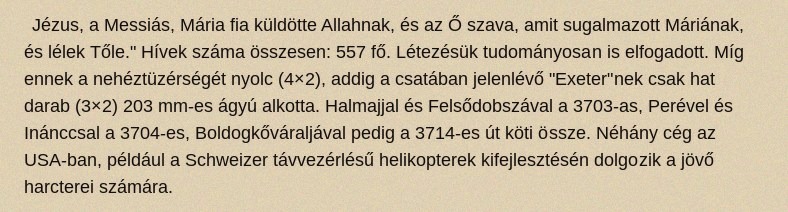
Jézus, a Messiás, Mária fia küldötte Allahnak, és az Ő szava, amit sugalmazott Máriának, és lélek Tőle." Hívek száma összesen: 557 fő. Létezésük tudományosan is elfogadott. Míg ennek a nehéztüzérségét nyolc (4×2), addig a csatában jelenlévő "Exeter"nek csak hat darab (3×2) 203 mm-es ágyú alkotta. Halmajjal és Felsődobszával a 3703-as, Perével és Inánccsal a 3704-es, Boldogkőváraljával pedig a 3714-es út köti össze. Néhány cég az USA-ban, például a Schweizer távvezérlésű helikopterek kifejlesztésén dolgozik a jövő harcterei számára.